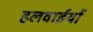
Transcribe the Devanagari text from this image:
हलवाईयों